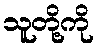
သူတို့ကို